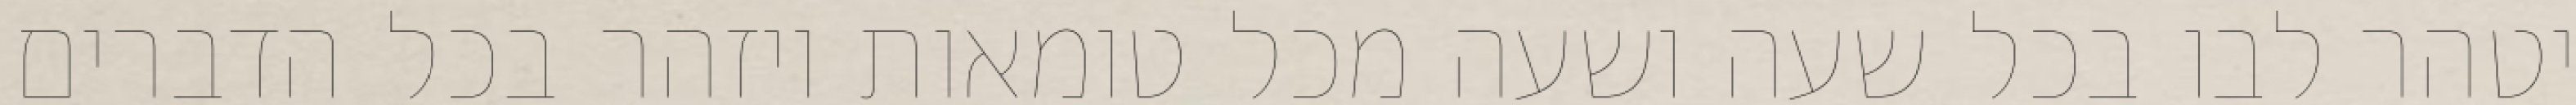
יטהר לבו בכל שעה ושעה מכל טומאות ויזהר בכל הדברים